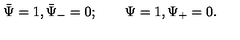
\bar { \Psi } = 1 , \bar { \Psi } _ { - } = 0 ; \qquad \Psi = 1 , \Psi _ { + } = 0 .